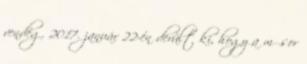
vendég. 2017. január 22-én derült ki, hogy a műsor